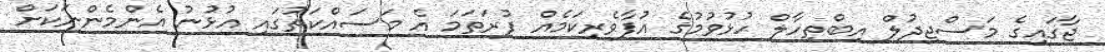
ޖާގައިގެ މަސްޖިދުލް އިބްތިހާލް ހުޅުވުމުގެ އުފާވެރިކަމެއް ފުރަތަމަ އެ މަސައްކަތުގައި އުޅުނު އެންމެންނަކަށް